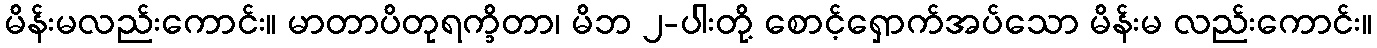
မိန်းမလည်းကောင်း။ မာတာပိတုရက္ခိတာ၊ မိဘ ၂-ပါးတို့ စောင့်ရှောက်အပ်သော မိန်းမ လည်းကောင်း။